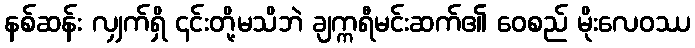
နစ်ဆန်း လျှက်ရှိ ၎င်းတို့မသိဘဲ ချက္ကရီမင်းဆက်၏ ဝေစည် မိုးလေဝဿ